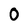
Character: 0